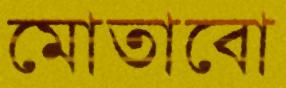
মোতাবো